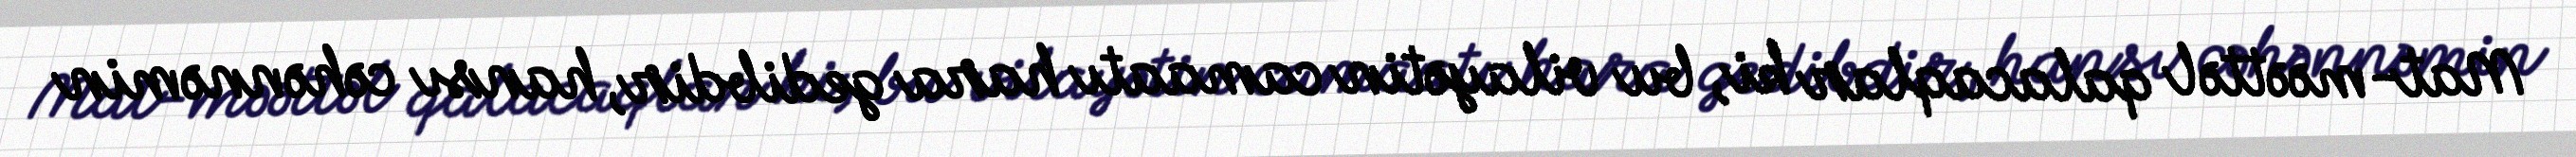
Mat-məəttəl qalacaqlar ki, bu vilayətin camaatı hara gedibdir, hansı cəhənnəmin